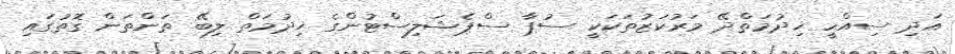
އަދި ސިއްހީ ޚިދުމަތްދޭ މަރުކަޒުތަކަކީ ސުޕާ ސްޕެޝަލިސްޓުންގެ ޚިދުމަތް ލިބޭ ތަންތަން ގޮތުގައި